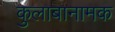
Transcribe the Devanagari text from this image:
कुलाबानामक